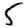
Digit: 5